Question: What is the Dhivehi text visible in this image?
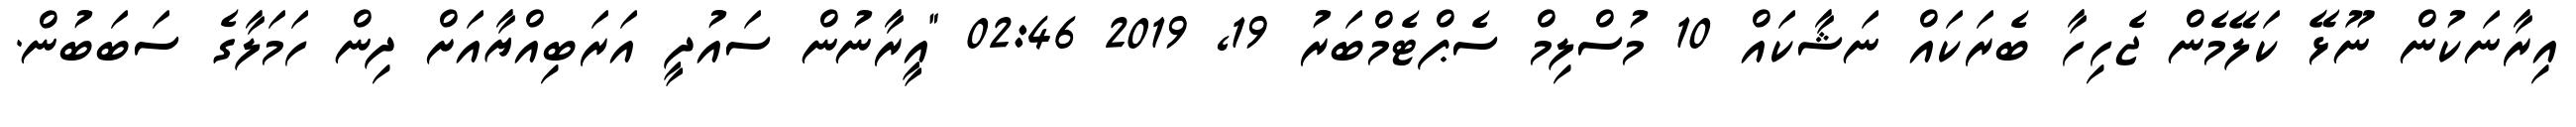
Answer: އިރާނަކުން ނޫޅޭ ކަލޭމެން ޖެހިހާ ބެރަކައް ނަޝާކައް 10 މުސްލިމް ސެޕްޓެމްބަރު 19, 2019 02:46 "އީރާނުން ސައުދީ އަރަބިއްޔާއަށް ދިން ހަމަލާގެ ސަބަބުން.